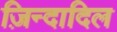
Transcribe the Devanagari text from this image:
ज़िन्दादिल